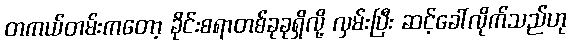
တကယ်တမ်းကတော့ ခိုင်းစရာတစ်ခုခုရှိလို့ လှမ်းပြီး ဆင့်ခေါ်လိုက်သည်ဟု